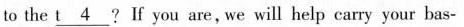
to the t\underline{4} ? If you are, we will help carry your bas-